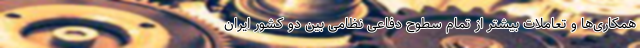
همکاری‌ها و تعاملات بیشتر از تمام سطوح دفاعی نظامی بین دو کشور ایران